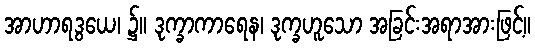
အာဟာရဒွယေ၊ ၌။ ဒုက္ခာကာရေန၊ ဒုက္ခဟူသော အခြင်းအရာအားဖြင့်။